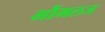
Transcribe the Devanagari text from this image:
भौंमलज